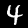
Digit: 4